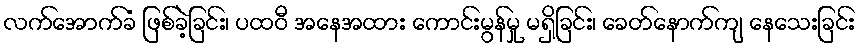
လက်အောက်ခံ ဖြစ်ခဲ့ခြင်း၊ ပထဝီ အနေအထား ကောင်းမွန်မှု မရှိခြင်း၊ ခေတ်နောက်ကျ နေသေးခြင်း